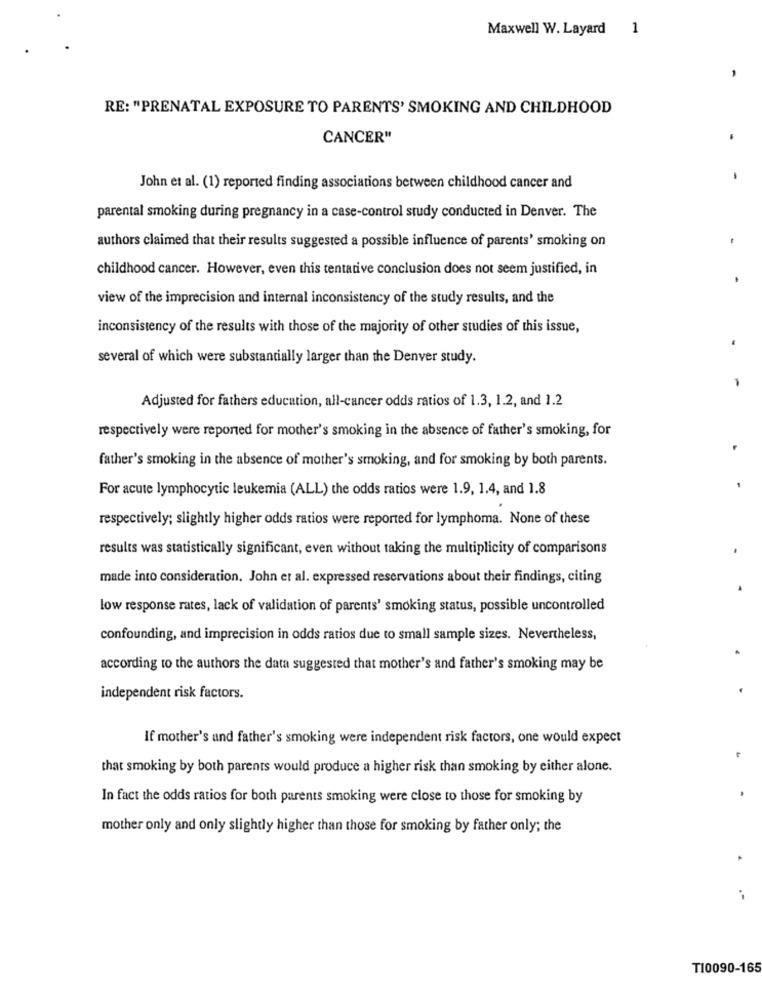
Maxwell W. Layard 1
RE: "PRENATAL EXPOSURE TO PARENTS' SMOKING AND CHILDHOOD
CANCER"
-
John et al. (1) reported finding associations between childhood cancer and
parental smoking during pregnancy in a case-control study conducted in Denver. The
authors claimed that their results suggested a possible influence of parents' smoking on
childhood cancer. However, even this tentative conclusion does not seem justified, in
view of the imprecision and internal inconsistency of the study results, and the
inconsistency of the results with those of the majority of other studies of this issue,
several of which were substantially larger than the Denver study.
-
Adjusted for fathers education, all-cancer odds ratios of 1.3, 1.2, and 1.2
respectively were reported for mother's smoking in the absence of father's smoking, for
father's smoking in the absence of mother's smoking, and for smoking by both parents.
For acute lymphocytic leukemia (ALL) the odds ratios were 1.9, 1.4, and 1.8
respectively; slightly higher odds ratios were reported for lymphoma. None of these
results was statistically significant, even without taking the multiplicity of comparisons
made into consideration. John et al. expressed reservations about their findings, citing
low response rates, lack of validation of parents' smoking status, possible uncontrolled
confounding, and imprecision in odds ratios due to small sample sizes. Nevertheless,
according to the authors the data suggested that mother's and father's smoking may be
independent risk factors.
If mother's and father's smoking were independent risk factors, one would expect
that smoking by both parents would produce a higher risk than smoking by either alone.
In fact the odds ratios for both parents smoking were close to those for smoking by
mother only and only slightly higher than those for smoking by father only; the
T10090-165